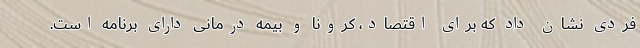
فردی نشان داد که برای اقتصاد، کرونا و بیمه درمانی دارای برنامه است.